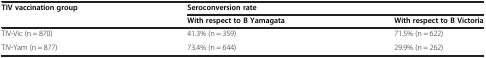
| <ROWSPAN=2> TIV vaccination group | <COLSPAN=2> Seroconversion rate |
 | With respect to B Yamagata | With respect to B Victoria |
 | --- | --- | --- |
 | TIV-Vic (n = 870) | 41.3% (n = 359) | 71.5% (n = 622) |
 | TIV-Yam (n = 877) | 73.4% (n = 644) | 29.9% (n = 262) |